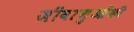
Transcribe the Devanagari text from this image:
जीवाणुओंकी